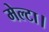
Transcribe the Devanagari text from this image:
मेल्टा।